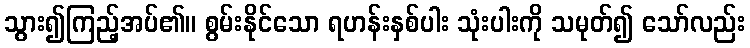
သွား၍ကြည့်အပ်၏။ စွမ်းနိုင်သော ရဟန်းနှစ်ပါး သုံးပါးကို သမုတ်၍ သော်လည်း